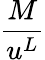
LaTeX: \frac{M}{u^{L}}